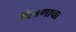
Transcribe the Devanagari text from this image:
चित्रणाचा